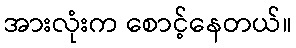
အားလုံးက စောင့်နေတယ်။